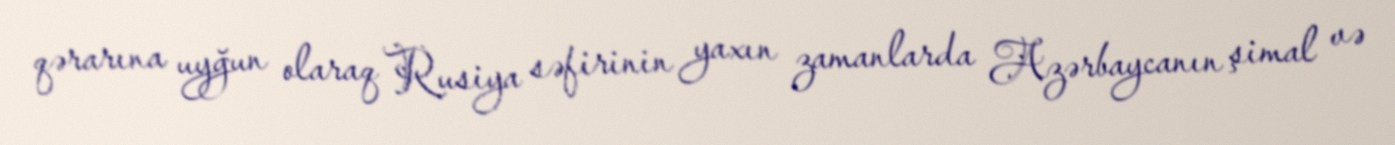
qərarına uyğun olaraq Rusiya səfirinin yaxın zamanlarda Azərbaycanın şimal və